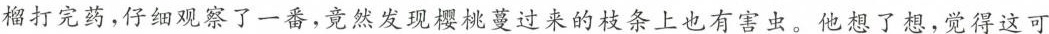
榴打完药，仔细观察了一番，竟然发现樱桃蔓过来的枝条上也有害虫。他想了想，觉得这可